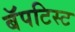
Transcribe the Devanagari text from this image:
बॅपटिस्ट